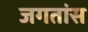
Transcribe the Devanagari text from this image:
जगतांस